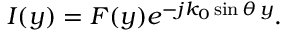
I ( y ) = F ( y ) e ^ { - j k _ { 0 } \sin \theta \, y } .